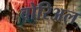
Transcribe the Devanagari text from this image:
बोरिअल